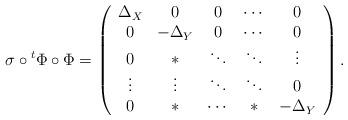
LaTeX: \begin{align*} \sigma \circ {}^t\Phi \circ \Phi = \left( \begin{array}{ccccc}\Delta_X & 0 & 0 & \cdots & 0 \\0 & -\Delta_Y & 0 & \cdots & 0 \\0 & * & \ddots & \ddots & \vdots \\\vdots & \vdots & \ddots & \ddots & 0 \\ 0 & * & \cdots & * &-\Delta_Y\end{array} \right).\end{align*}